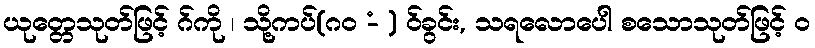
ယုတ္တေသုတ်ဖြင့် ဂ်ကို ၊ သို့ကပ်(ဂဝ -ံ ) ဝ်ခွင်း, သရလောပေါ စသောသုတ်ဖြင့် ဝ